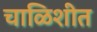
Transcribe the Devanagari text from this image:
चाळिशीत